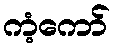
ကံ့ကော်